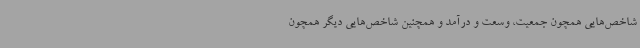
شاخص‌هایی همچون جمعیت، وسعت و درآمد و همچنین شاخص‌هایی دیگر همچون